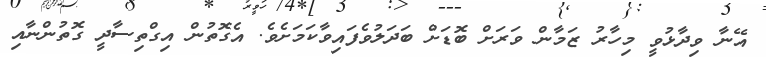
އޭނާ ވިދާޅުވީ މިހާރު ޒަމާން ވަރަށް ބޮޑަށް ބަދަލުވެފައިވާކަމަށެވެ. އެގޮތުން އިގްތިސާދީ ގޮތުންނާއި